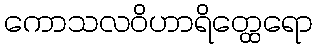
ကောသလဝိဟာရိတ္ထေရော